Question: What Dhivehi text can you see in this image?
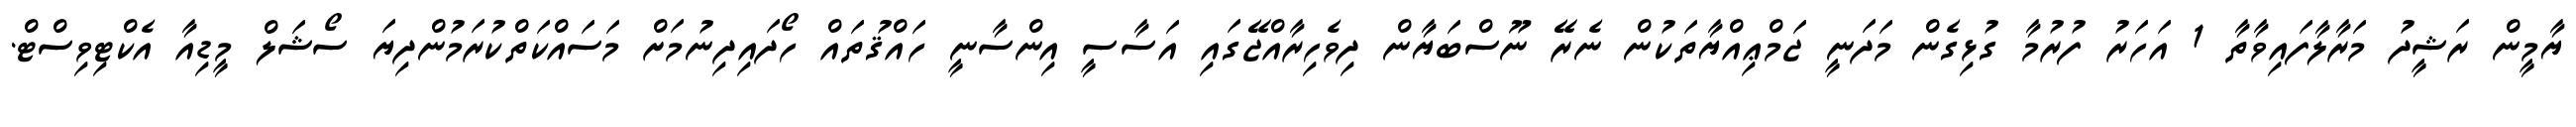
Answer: ޔާމީން ރަޝީދު މަރާލާފައިވާތާ 1 އަހަރު ފުރުމާ ގުޅިގެން މަދަނީ ޖަމްޢިއްޔާތަކުން ނެރޭ ނޫސްބަޔާން ދިވެހިރާއްޖޭގައި އަސާސީ އިންސާނީ ހައްޤުތައް ހޯދައިދިނުމަށް މަސައްކަތްކުރަމުންދިޔަ ސޯޝަލް މީޑިއާ އެކްޓިވިސްޓް.